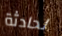
لحادثة